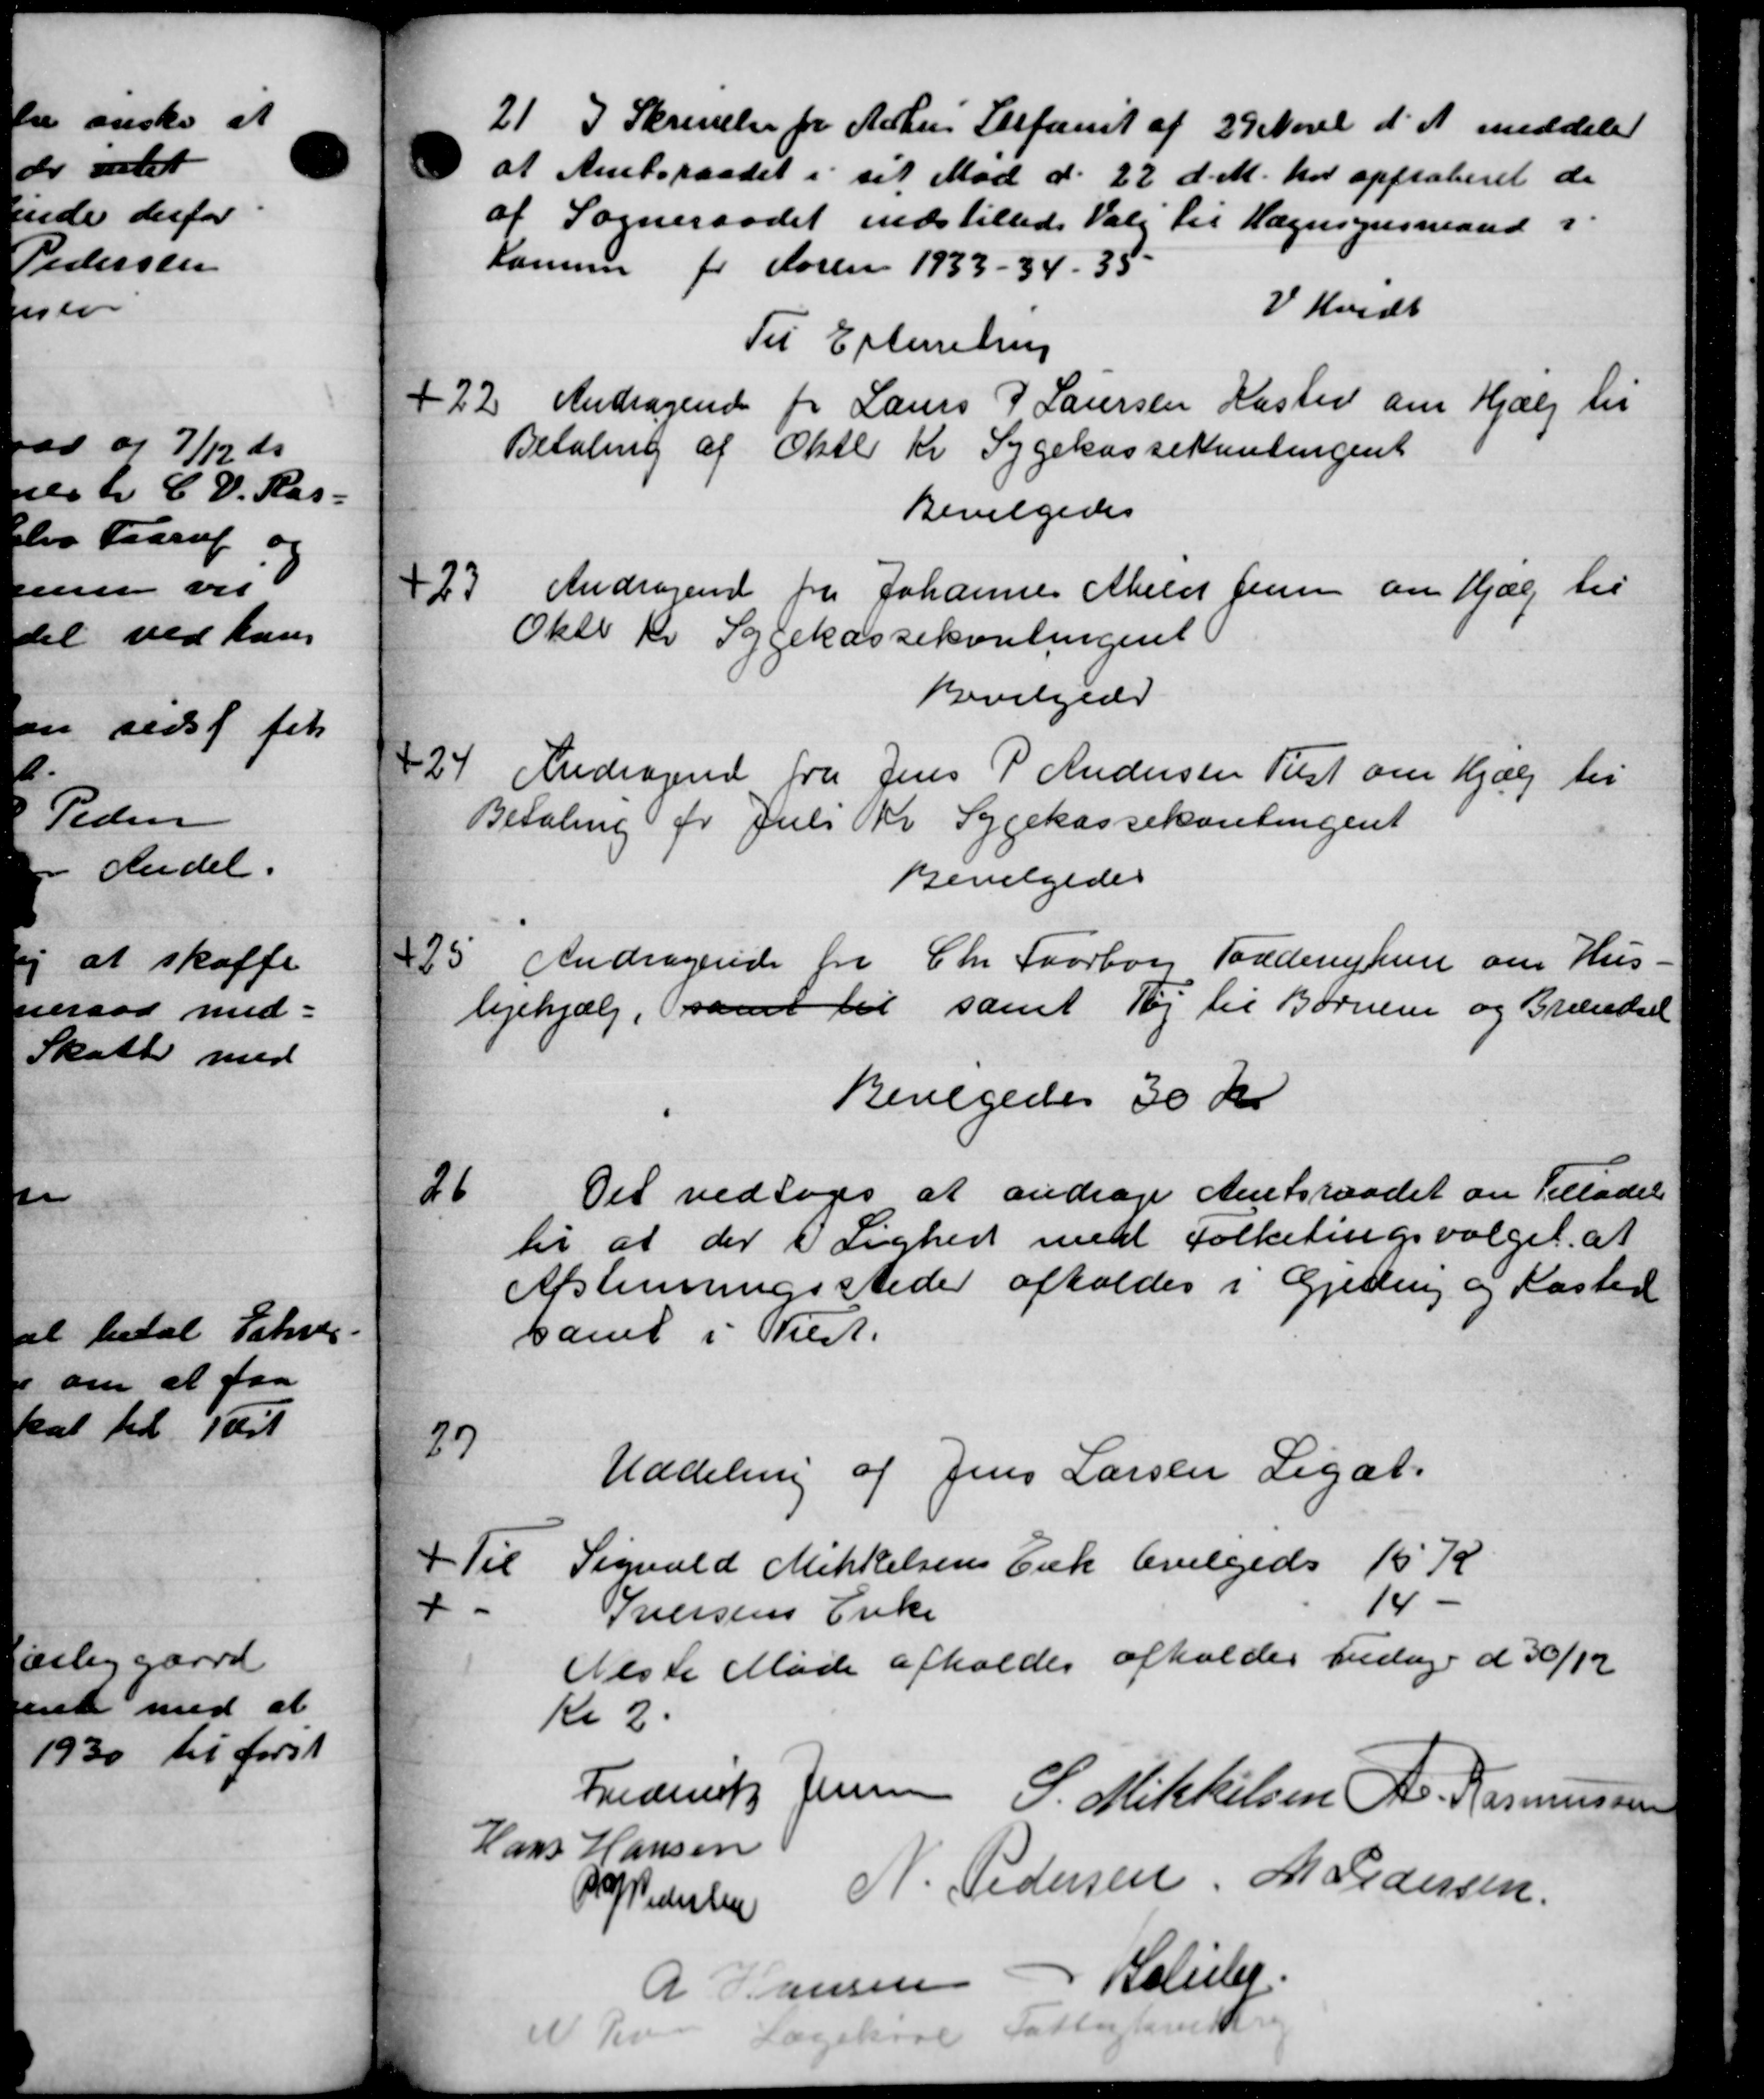
Transskription:
21
I Skrivelse fra Århus Stefandt af 29 Novb d. A. meddeler
at Amtsraadet i sit Mod d. 22 d. M. har approberet de
af Sogneraadet indstilledes Valg til Hegnsynsmand i
Kommune for Aaren 1933 - 34 - 35
V. Hvidt
Til Eftemstrup
22.
Andragende for Laurs P Laursen Kasted om Hjælp til
Betaling af Oktb Kr Sygekassekontingent
Bevilgedes
23.
Andragende fra Johannes Atelis Jensen om Hjælp til
Okto Kr Sygekassekontingent
Bevilgede
24.
Andragende fra Jens P Andersen Tilst om Hjælp til
Betaling for Juli Kr Sygekassekontingent
Bevilgedes
5. Andragende fra Chr Faarborg Torderiksen om Hus
lejehjælp, samt til samt Tøj til Børnene og Brændsel
Bevilgedes 30 Kr
26
Det vedtoges at andrage Amtsraadet om Tilladelse
til at der i Lighed med Folketingsvalget at
Afstemningssteder afholdes i Gjeding og Kasted
samet i Vist.
27
Uddeling af Jens Larsen Legat.
il Sigvald Mikkelsens Enk bevilgedes 15 K
14.
Iversens Enke
Næste Møde afholdes afholdes Fredag d 30/12
Kl 2.
Frederik Jensen S. Mikkelsen A. Rasmussen
Hans Hansen
P Pedersen N. Pedersen M Pedersen
R Hansen Solider
1 gak idlige K